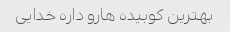
بهترین کوبیده هارو داره خدایی